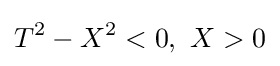
T^{2}-X^{2}<0,\ X>0